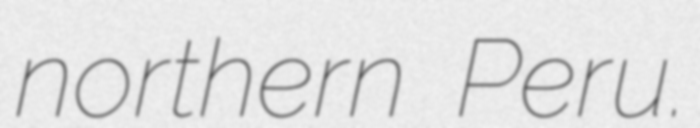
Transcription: northern Peru.